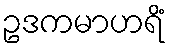
ဥဒကမာဟရိံ